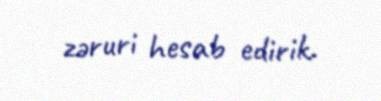
zəruri hesab edirik.